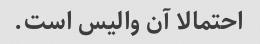
احتمالا آن والیس است.